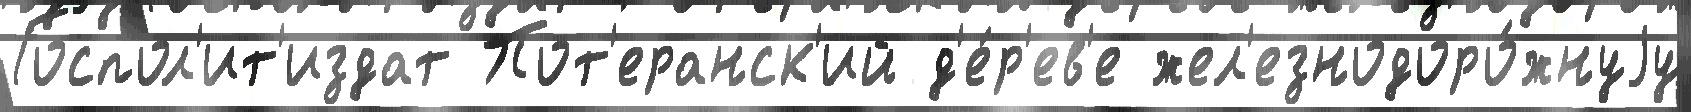
Госпол'ит'издат Пот'еранск'ий д'е́р'ев'е жел'езнодоро́жнуjу